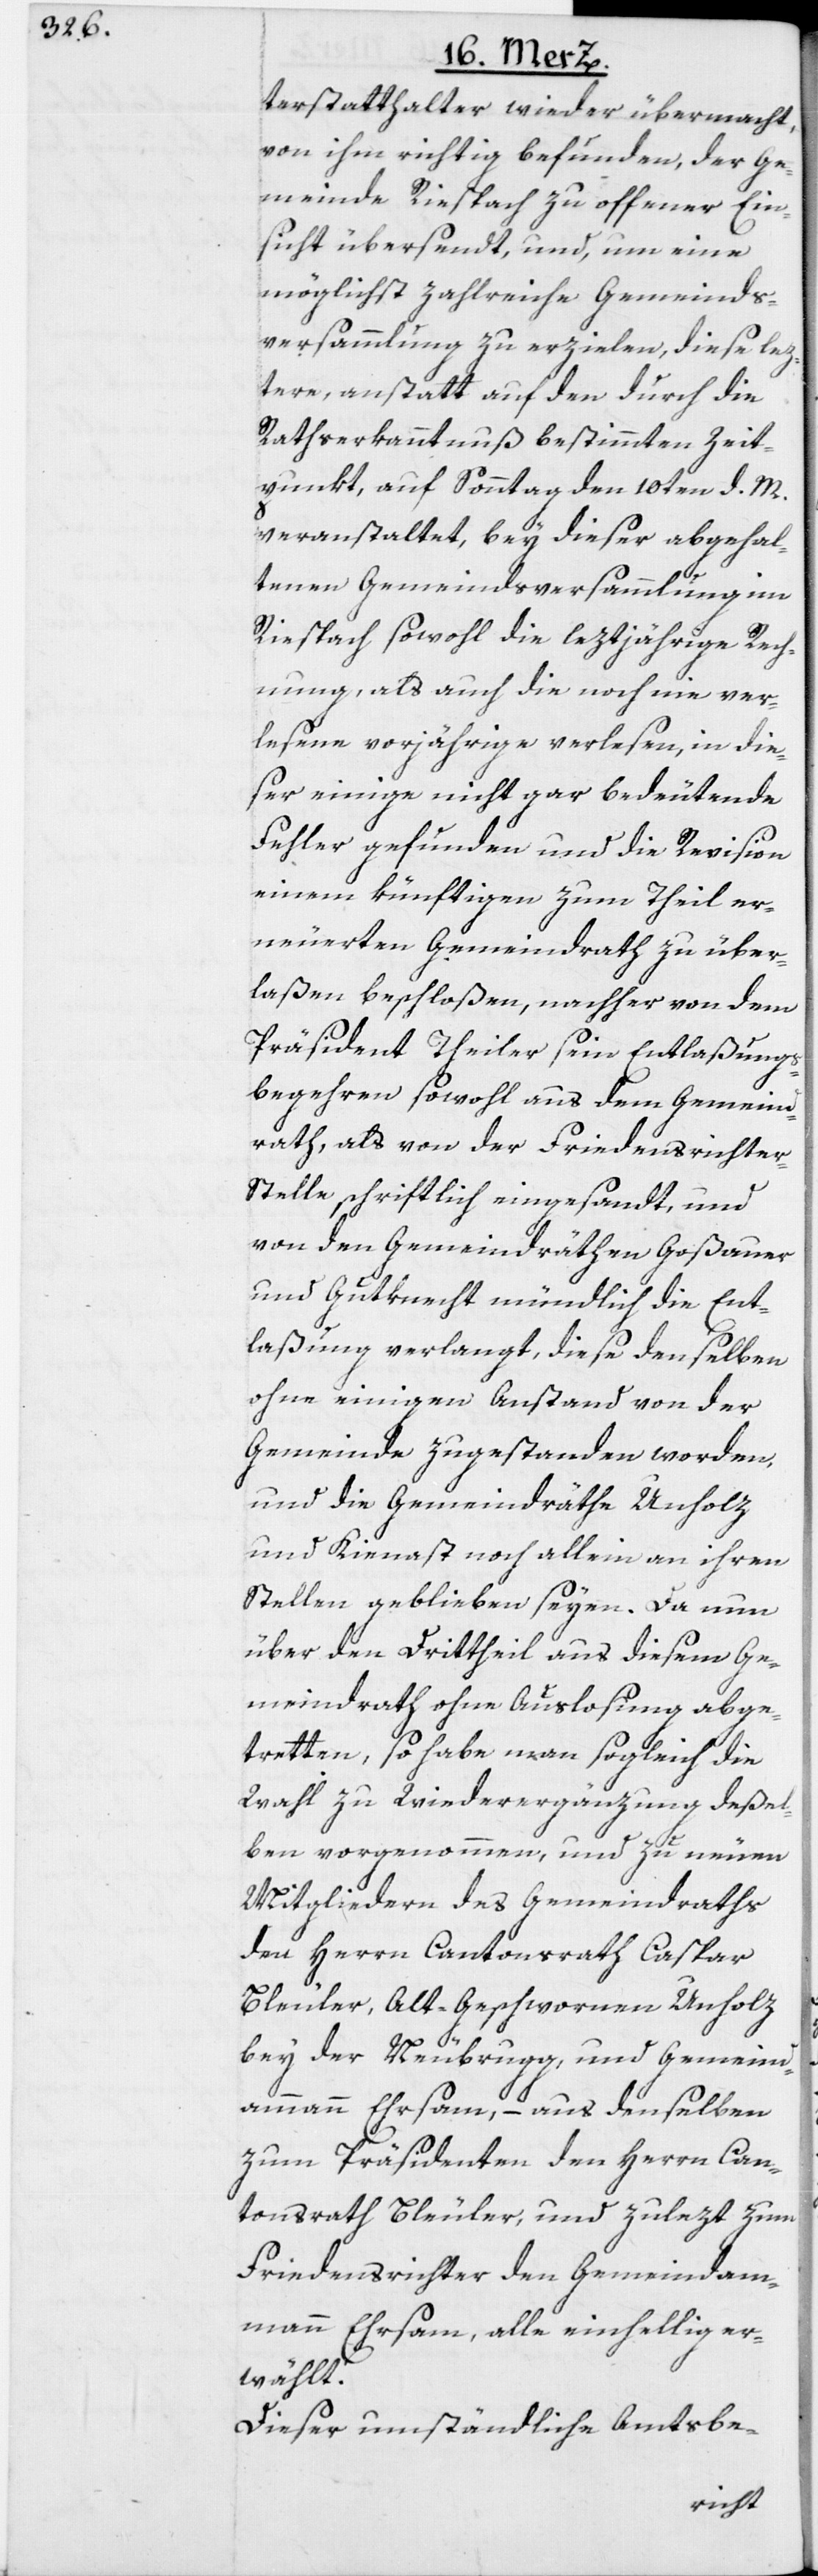
terstatthalter wieder übermacht,
von ihm richtig befunden, der Ge¬
meinde Riespach zu offener Ein¬
sicht übersendt, und, um eine
möglichst zahlreiche Gemeinds¬
versammlung zu erzielen, diese lez¬
tere, anstatt auf den durch die
Rathserkanntnuß bestimmten Zeit¬
punkt, auf Sonntag den 10ten d. M.
veranstaltet, bey dieser abgehal¬
tenen Gemeindsversammlung im
Riespach sowohl die leztjährige Rech¬
nung, als auch die noch nie ver¬
lesene vorjährige verlesen, in die¬
ser einige nicht gar bedeutende
Fehler gefunden und die Revision
einem künftigen zum Theil er¬
neuerten Gemeindrath zu über¬
laßen beschloßen, nachher von dem
Präsident Theiler sein Entlaßungs¬
begehren sowohl aus dem Gemeind¬
rath, als von der Friedensrichte¬
r-Stelle schriftlich eingesandt, und
von den Gemeindräthen Goßauer
und Gutknecht mündlich die Ent¬
laßung verlangt, diese denselben
ohne einigen Anstand von der
Gemeinde zugestanden worden,
und die Gemeindräthe Unholz
und Kienast noch allein an ihren
Stellen geblieben seyen. Da nun
über den Drittheil aus diesem Ge¬
meindrath ohne Auslosung abge¬
tretten, so habe man sogleich die
Wahl zu Wiederergänzung deßel¬
ben vorgenommen, und zu neuen
Mitgliedern des Gemeindraths
den Herrn Cantonsrath Caspar
Bleuler, Alt-Geschwornen Unholz
bey der Neubrugg, und Gemeind¬
ammann Ehrsam, – aus denselben
zum Präsidenten den Herrn Can¬
tonsrath Bleuler, und zulezt zum
Friedensrichter den Gemeindam¬
mann Ehrsam, alle einhellig er¬
wählt.
Dieser umständliche Amtsbe-